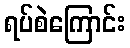
ရပ်စဲကြောင်း